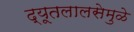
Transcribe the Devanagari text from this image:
द्यूतलालसेमुळे